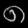
Digit: ၈